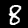
Label: 8